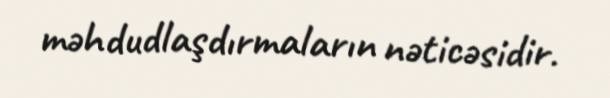
məhdudlaşdırmaların nəticəsidir.